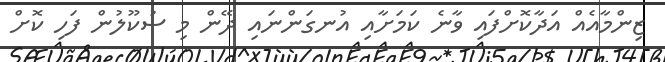
ޒިންމާއެއް އަދާކޮށްފައި ވާނެ ކަމަށާއި އުނގަންނައި ދޭން މި ސުކޫލުން ފަހި ކޮށް